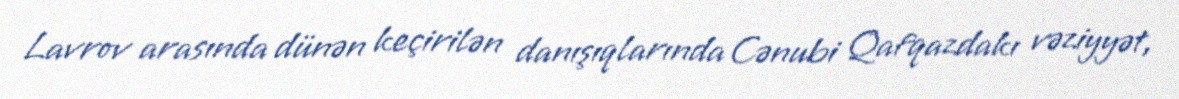
Lavrov arasında dünən keçirilən danışıqlarında Cənubi Qafqazdakı vəziyyət,